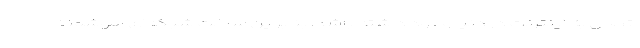
اتصال به اینترنت در دنیا وجود داشته باشد. بنابراین ساخت شبکه‌ای هوشمند